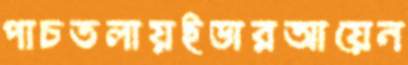
পাচতলায়ইডারআয়েন